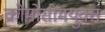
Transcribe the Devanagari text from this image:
क्रोमोसोमयुक्त